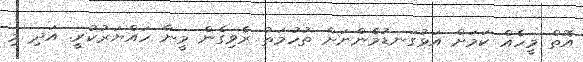
އޮތް މީހެއް ކަަމަށް އަޅުގަނޑުމެންނަށް ތުހުމަތު ރެވިގެން މީނާ ހައްޔަރުކުރީ. އަދި މި